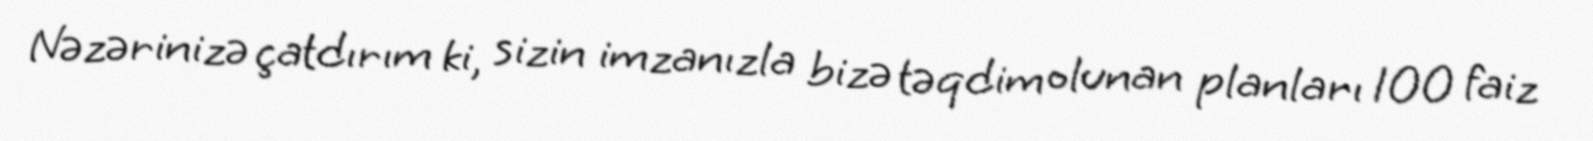
Nəzərinizə çatdırım ki, sizin imzanızla bizə təqdim olunan planları 100 faiz